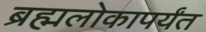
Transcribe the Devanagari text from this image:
ब्रह्मलोकापर्यंत